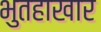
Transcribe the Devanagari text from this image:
भुतहाखार